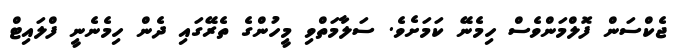
ޖެކްސަން ފޮލްމަންވެސް ހިމެނޭ ކަމަށެވެ. ސަލާމަތްވި މީހުންގެ ތެރޭގައި ދެން ހިމެނެނީ ފްލައިޓް